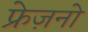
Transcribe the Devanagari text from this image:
फ्रेज़नो